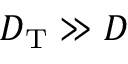
D _ { \mathrm { T } } \gg D